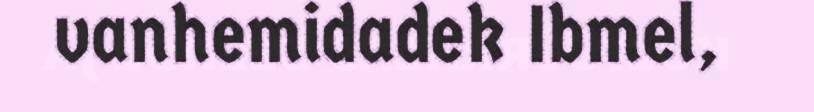
vanhemidadek Ibmel,